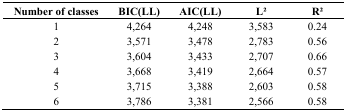
<table><thead><tr><td><b>Number of classes</b></td><td><b>BIC(LL)</b></td><td><b>AIC(LL)</b></td><td><b>L2</b></td><td><b>R2</b></td></tr></thead><tbody><tr><td>1</td><td>4,264</td><td>4,248</td><td>3,583</td><td>0.24</td></tr><tr><td>2</td><td>3,571</td><td>3,478</td><td>2,783</td><td>0.56</td></tr><tr><td>3</td><td>3,604</td><td>3,433</td><td>2,707</td><td>0.66</td></tr><tr><td>4</td><td>3,668</td><td>3,419</td><td>2,664</td><td>0.57</td></tr><tr><td>5</td><td>3,715</td><td>3,388</td><td>2,603</td><td>0.58</td></tr><tr><td>6</td><td>3,786</td><td>3,381</td><td>2,566</td><td>0.58</td></tr></tbody></table>